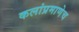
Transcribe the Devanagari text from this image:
कलांप्रमाणेच